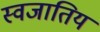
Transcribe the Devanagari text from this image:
स्वजातिय